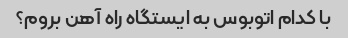
با کدام اتوبوس به ایستگاه راه آهن بروم؟